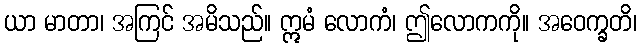
ယာ မာတာ၊ အကြင် အမိသည်။ ဣမံ လောကံ၊ ဤလောကကို။ အဝေက္ခတိ၊